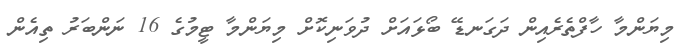
މިޔަންމާ ހާފްތެރެއިން ދަގަނޑޭ ބޯޅައަށް ދުވަނިކޮށް މިޔަންމާ ޓީމުގެ 16 ނަންބަރު ތިއެން